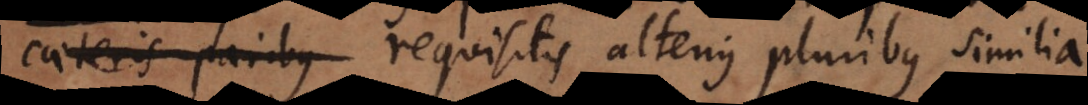
caeteris paribus requisitis alterius pluribus similia